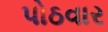
પોઠવાર